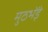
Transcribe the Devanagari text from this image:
मुठभेंड़े